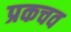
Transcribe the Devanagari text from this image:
प्रकचव